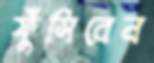
ফুঁসিবেন